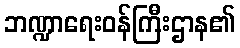
ဘဏ္ဍာရေးဝန်ကြီးဌာန၏